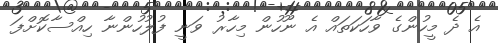
އެ ދެ މީހުންގެ ވާހަކަތައް އެ ނޫހުން މިހާރު ވަނީ ފުލުހުންނާ ހިއްސާކޮށްފަ